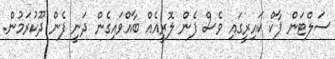
ސަލްޓަން ޕާކް ކައިރީގައި ވެސް ފެން ލޮރީއެއް ބާއްވައިގެން ދަނީ ފެން ދޫކުރަމުން.